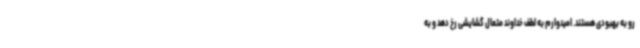
رو به بهبودی هستند. امیدوارم به لطف خداوند متعال گشایشی رخ دهد و به